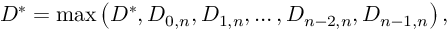
D ^ { * } = \operatorname* { m a x } \left( D ^ { * } , D _ { 0 , n } , D _ { 1 , n } , \dots , D _ { n - 2 , n } , D _ { n - 1 , n } \right) ,